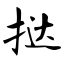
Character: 挞